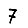
Digit: 7